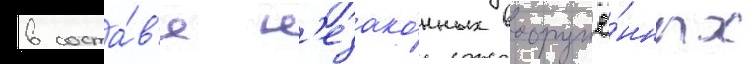
в соста́в'е н'езако́нных вооружё́нных